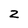
Character: z